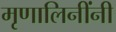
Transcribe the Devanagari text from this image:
मृणालिनींनी